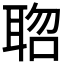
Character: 𮋱